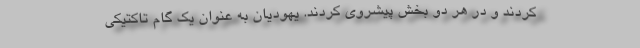
کردند و در هر دو بخش پیشروی کردند. یهودیان به عنوان یک گام تاکتیکی